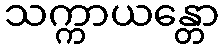
သက္ကာယန္တော